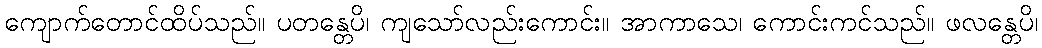
ကျောက်တောင်ထိပ်သည်။ ပတန္တေပိ၊ ကျသော်လည်းကောင်း။ အာကာသေ၊ ကောင်းကင်သည်။ ဖလန္တေပိ၊